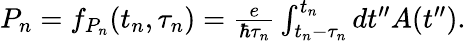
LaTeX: \begin{array}{r}{P_{n}=f_{P_{n}}(t_{n},\tau_{n})=\frac{e}{\hbar\tau_{n}}\int_{t_{n}-\tau_{n}}^{t_{n}}dt^{\prime\prime}A(t^{\prime\prime}).}\end{array}